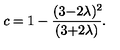
c = 1 - \frac { ( 3 { - } 2 \lambda ) ^ { 2 } \! } { ( 3 { + } 2 \lambda ) } .